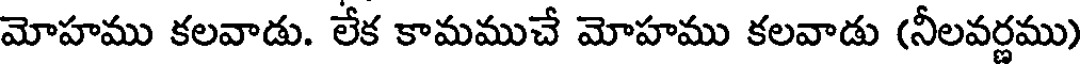
మోహము కలవాడు. లేక కామముచే మోహము కలవాడు (నీలవర్ణము)